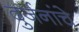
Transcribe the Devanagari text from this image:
दुर्जनांचे